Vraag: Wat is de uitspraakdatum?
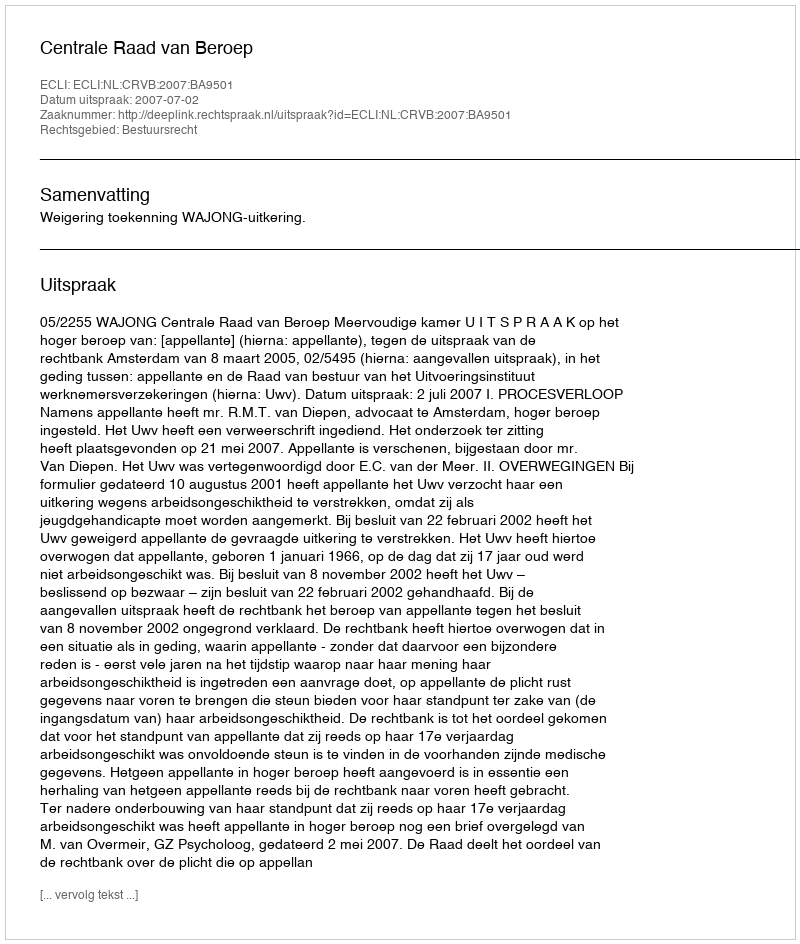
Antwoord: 2007-07-02